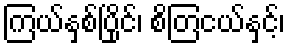
ကြယ်နှစ်ပြိုင်၊ စိတြငယ်နှင့်၊